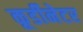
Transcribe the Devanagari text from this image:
कूर्डीनेटर